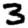
Digit: 3